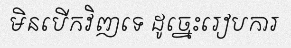
មិនបើកវិញទេ ដូច្នេះរៀបការ